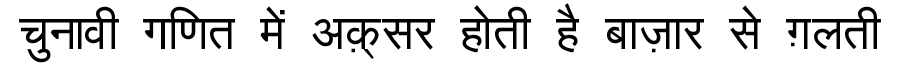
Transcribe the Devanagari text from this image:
चुनावी गणित में अक़्सर होती है बाज़ार से ग़लती